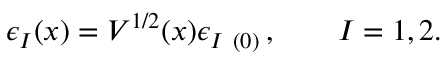
\epsilon _ { I } ( x ) = V ^ { 1 / 2 } ( x ) \epsilon _ { I \ ( 0 ) } \, , \qquad I = 1 , 2 .